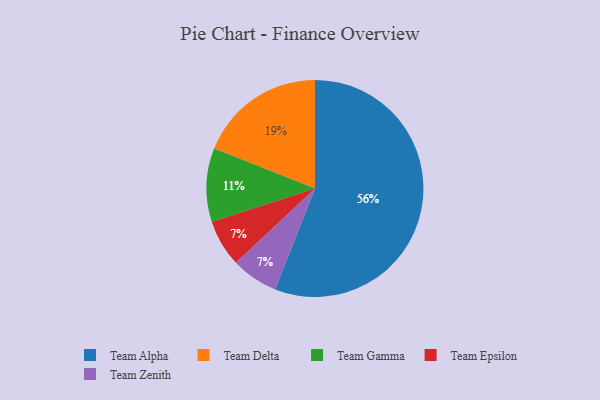
{"axis": {"x": "Category", "y": "Percentage"}, "legend": ["Team Alpha", "Team Delta", "Team Epsilon", "Team Gamma", "Team Zenith"], "data": [{"x": "Team Delta", "y": 19, "type": "Team Delta"}, {"x": "Team Alpha", "y": 56, "type": "Team Alpha"}, {"x": "Team Epsilon", "y": 7, "type": "Team Epsilon"}, {"x": "Team Gamma", "y": 11, "type": "Team Gamma"}, {"x": "Team Zenith", "y": 7, "type": "Team Zenith"}]}